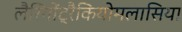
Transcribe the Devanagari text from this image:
लैरिंगोंट्रैकियोमलासिया